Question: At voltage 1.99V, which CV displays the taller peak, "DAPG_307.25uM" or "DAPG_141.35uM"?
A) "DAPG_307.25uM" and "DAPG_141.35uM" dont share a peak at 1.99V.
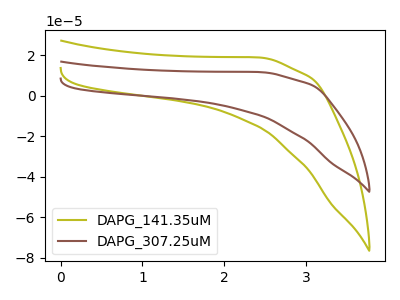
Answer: <think>The olive curve "DAPG_141.35uM" has no peaks. The brown curve "DAPG_307.25uM" has no peaks.</think>
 <answer>A) "DAPG_307.25uM" and "DAPG_141.35uM" dont share a peak at 1.99V.</answer>
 <eval>A</eval>